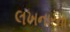
લખનારના